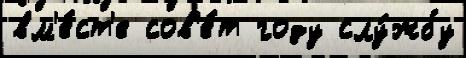
вм'е́ст'е сов'е́т году слу́жбу